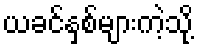
ယခင်နှစ်များကဲ့သို့